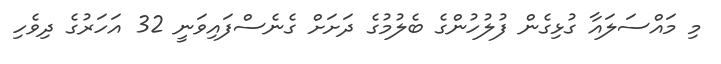
މި މައްސަލައާ ގުޅިގެން ފުލުހުންގެ ބެލުމުގެ ދަށަށް ގެނެސްފައިވަނީ 32 އަހަރުގެ ދިވެހި